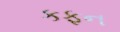
કફન